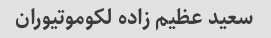
سعید عظیم زاده لکوموتیوران